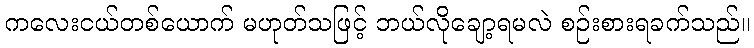
ကလေးငယ်တစ်ယောက် မဟုတ်သဖြင့် ဘယ်လိုချော့ရမလဲ စဉ်းစားရခက်သည်။